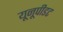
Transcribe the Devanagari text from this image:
यूनूपीडट